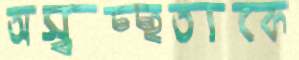
অস্বচ্ছতাকে